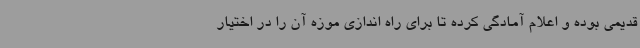
قدیمی بوده و اعلام آمادگی کرده تا برای راه اندازی موزه آن را در اختیار